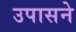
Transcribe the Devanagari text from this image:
उपासने